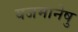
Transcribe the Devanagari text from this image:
यजमानेषु